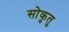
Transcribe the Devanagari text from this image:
सोकुतु